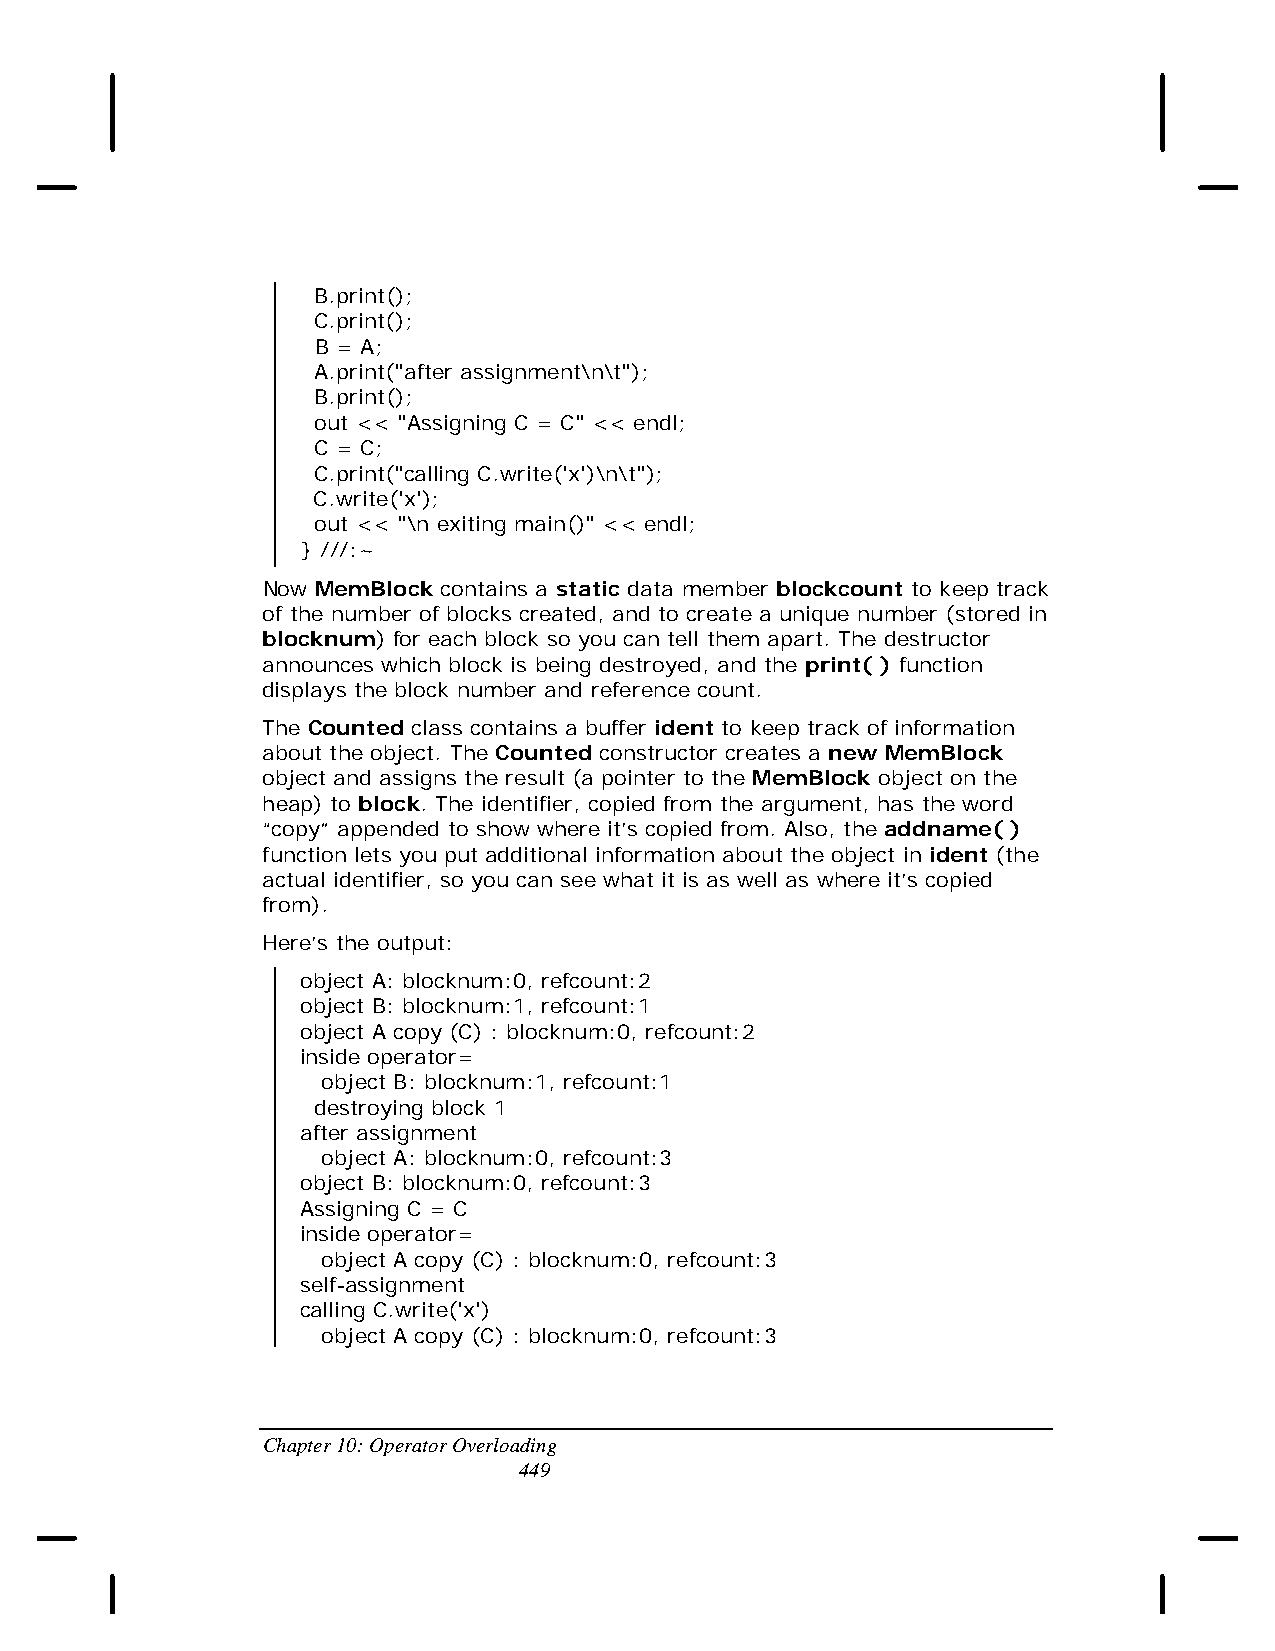
B.print();
 C.print();
 B = A;
 A.print("after assignment\n\t");
 B.print();
 out << "Assigning C = C" << endl;
 C = C;
 C.print("calling C.write('x')\n\t");
 C.write('x');
 out << "\n exiting main()" << endl;
 } ///:~
 Now MemBlock contains a static data member blockcount to keep track
 of the number of blocks created, and to create a unique number (stored in
 blocknum) for each block so you can tell them apart. The destructor
 announces which block is being destroyed, and the print( ) function
 displays the block number and reference count.
 The Counted class contains a buffer ident to keep track of information
 about the object. The Counted constructor creates a new MemBlock
 object and assigns the result (a pointer to the MemBlock object on the
 heap) to block. The identifier, copied from the argument, has the word
 “copy” appended to show where it’s copied from. Also, the addname( )
 function lets you put additional information about the object in ident (the
 actual identifier, so you can see what it is as well as where it’s copied
 from).
 Here’s the output:
 object A: blocknum:0, refcount:2
 object B: blocknum:1, refcount:1
 object A copy (C) : blocknum:0, refcount:2
 inside operator=
 object B: blocknum:1, refcount:1
 destroying block 1
 after assignment
 object A: blocknum:0, refcount:3
 object B: blocknum:0, refcount:3
 Assigning C = C
 inside operator=
 object A copy (C) : blocknum:0, refcount:3
 self-assignment
 calling C.write('x')
 object A copy (C) : blocknum:0, refcount:3
 Chapter 10: Operator Overloading
 449